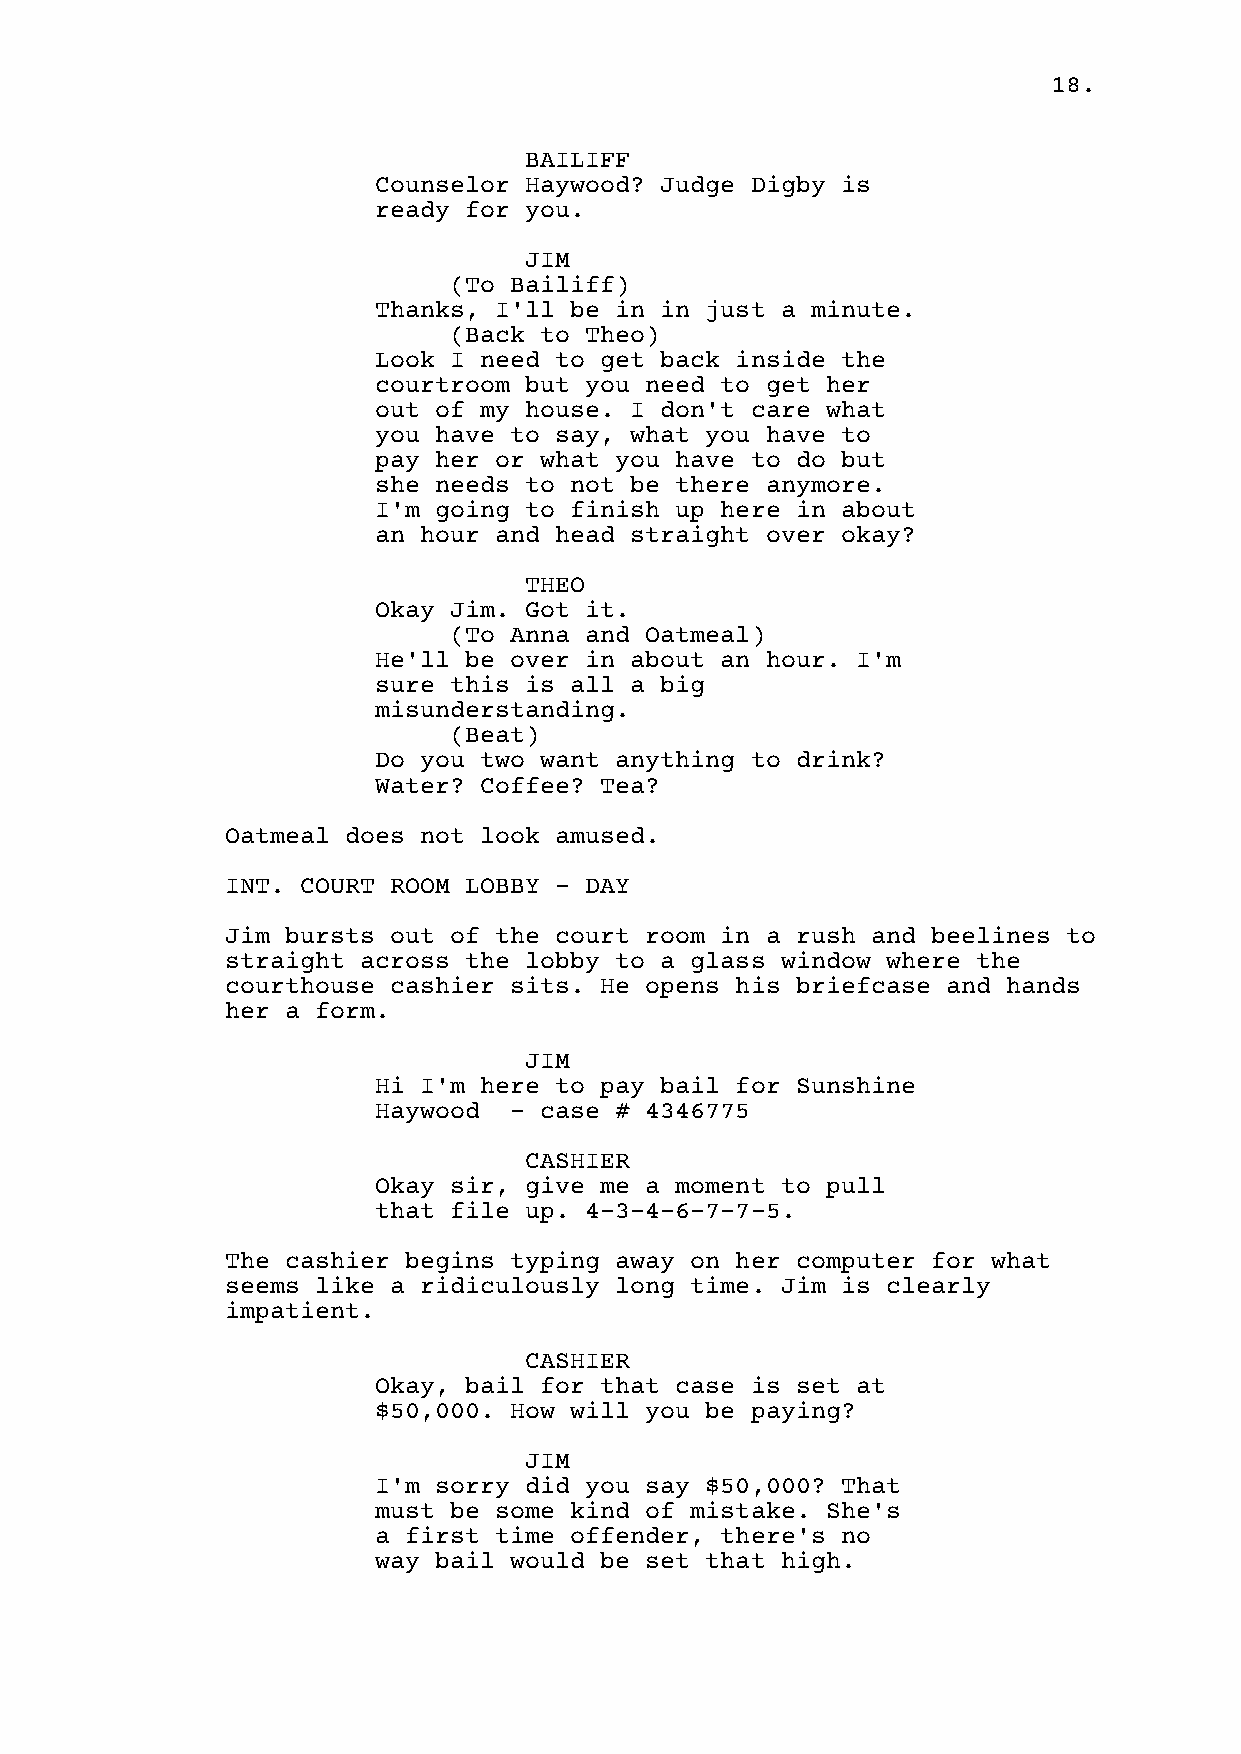
18.
 BAILIFF
 Counselor Haywood? Judge Digby is
 ready for you.
 JIM
 (To Bailiff)
 Thanks, I'll be in in just a minute.
 (Back to Theo)
 Look I need to get back inside the
 courtroom but you need to get her
 out of my house. I don't care what
 you have to say, what you have to
 pay her or what you have to do but
 she needs to not be there anymore.
 I'm going to finish up here in about
 an hour and head straight over okay?
 THEO
 Okay Jim. Got it.
 (To Anna and Oatmeal)
 He'll be over in about an hour. I'm
 sure this is all a big
 misunderstanding.
 (Beat)
 Do you two want anything to drink?
 Water? Coffee? Tea?
 Oatmeal does not look amused.
 INT. COURT ROOM LOBBY - DAY
 Jim bursts out of the court room in a rush and beelines to
 straight across the lobby to a glass window where the
 courthouse cashier sits. He opens his briefcase and hands
 her a form.
 JIM
 Hi I'm here to pay bail for Sunshine
 Haywood  - case # 4346775
 CASHIER
 Okay sir, give me a moment to pull
 that file up. 4-3-4-6-7-7-5.
 The cashier begins typing away on her computer for what
 seems like a ridiculously long time. Jim is clearly
 impatient.
 CASHIER
 Okay, bail for that case is set at
 $50,000. How will you be paying?
 JIM
 I'm sorry did you say $50,000? That
 must be some kind of mistake. She's
 a first time offender, there's no
 way bail would be set that high.